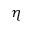
\eta